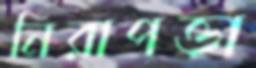
নিরাপত্তা